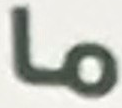
ما